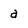
Character: a